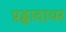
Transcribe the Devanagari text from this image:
प्रह्लादावर